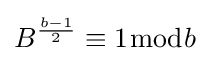
B^{\frac {b-1}{2}}\equiv 1{\bmod {b}}